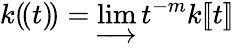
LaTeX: k(\! (t)\! )=\varinjlim t^{-m}k[\! [t]\! ]